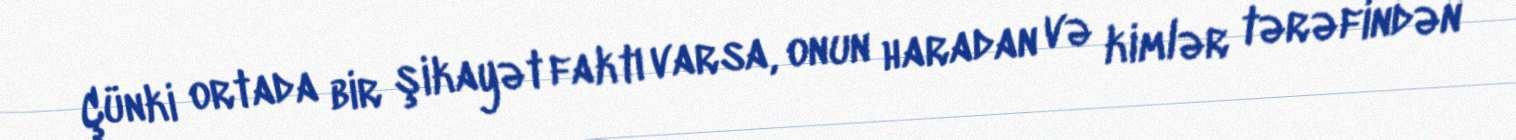
Çünki ortada bir şikayət faktı varsa, onun haradan və kimlər tərəfindən